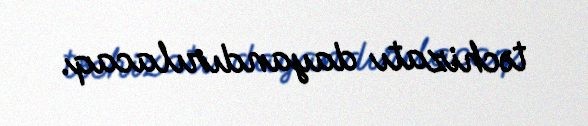
təchizatı dayandırılacaq.